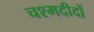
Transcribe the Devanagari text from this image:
चश्मदीदों